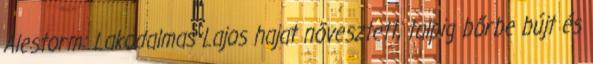
Alestorm: Lakodalmas Lajos hajat növesztett, talpig bőrbe bújt és